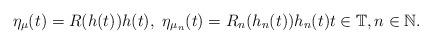
LaTeX: \begin{align*}\eta_{\mu}(t)=R(h(t))h(t),\ \eta_{\mu_{n}}(t)=R_{n}(h_{n}(t))h_{n}(t)t\in\mathbb{T},n\in\mathbb{N}.\end{align*}